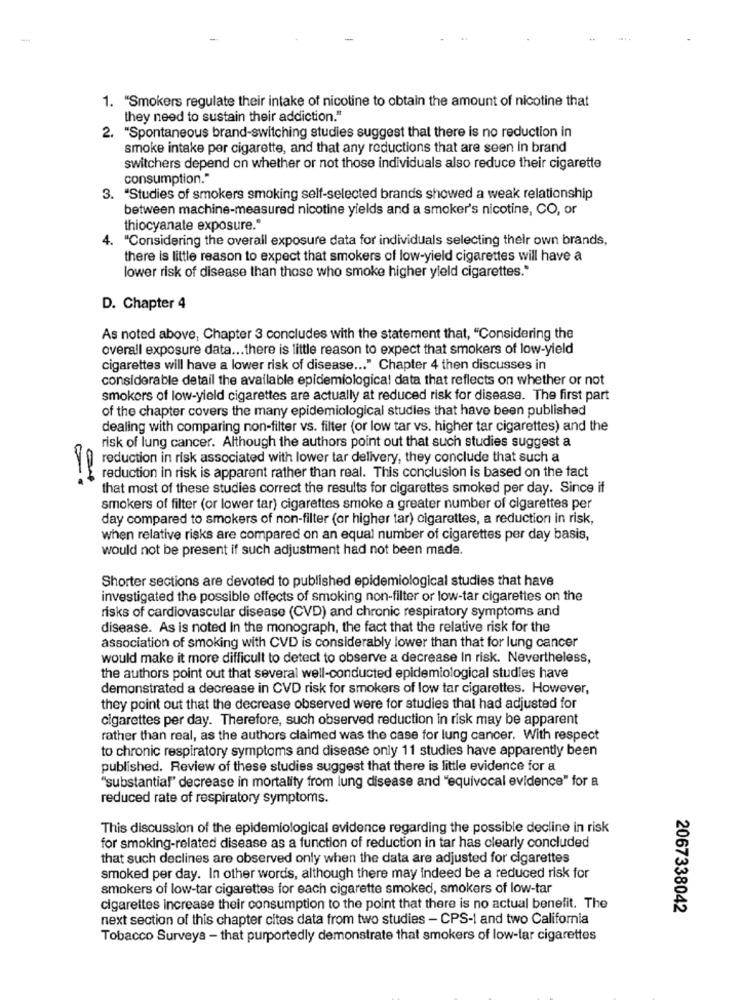
-
1. "Smokers regulate their intake of nicotine to obtain the amount of nicotine that
they need to sustain their addiction."
"Spontaneous brand-switching studies suggest that there is no reduction in
2.
smoke intake por cigarette, and that any reductions that are seen in brand
switchers depend on whether or not those individuals also reduce their cigarette
consumption."
3. "Studies of smokers smoking self-selected brands showed a weak relationship
between machine-measured nicotine yields and a smoker's nicotine, CO, or
thiocyanate exposure."
4. "Considering the overall exposure data for individuals selecting their own brands,
there is little reason to expect that smokers of low-yield cigarettes will have a
lower risk of disease than those who smoke higher yield cigarettes."
D. Chapter 4
As noted above, Chapter 3 concludes with the statement that, "Considering the
overall exposure data ... there is little reason to expect that smokers of low-yield
cigarettes will have a lower risk of disease ... " Chapter 4 then discusses in
considerable detail the available epidemiological data that reflects on whether or not
smokers of low-yield cigarettes are actually at reduced risk for disease. The first part
of the chapter covers the many epidemiological studies that have been published
dealing with comparing non-filter vs. filter (or low tar vs. higher tar cigarettes) and the
risk of lung cancer. Although the authors point out that such studies suggest a
reduction in risk associated with lower tar delivery, they conclude that such a
reduction in risk is apparent rather than real. This conclusion is based on the fact
that most of these studies correct the results for cigarettes smoked per day. Since if
smokers of filter (or lower tar) cigarettes smoke a greater number of cigarettes per
day compared to smokers of non-filter (or higher tar) cigarettes, a reduction in risk,
when relative risks are compared on an equal number of cigarettes per day basis,
would not be present if such adjustment had not been made.
Shorter sections are devoted to published epidemiological studies that have
investigated the possible effects of smoking non-filter or low-tar cigarettes on the
risks of cardiovascular disease (CVD) and chronic respiratory symptoms and
disease. As is noted in the monograph, the fact that the relative risk for the
association of smoking with CVD is considerably lower than that for lung cancer
would make it more difficult to detect to observe a decrease In risk. Nevertheless,
the authors point out that several well-conducted epidemiological studies have
demonstrated a decrease in CVD risk for smokers of low tar cigarettes. However,
they point out that the decrease observed were for studies that had adjusted for
cigarettes per day. Therefore, such observed reduction in risk may be apparent
rather than real, as the authors claimed was the case for lung cancer. With respect
to chronic respiratory symptoms and disease only 11 studies have apparently been
published. Review of these studies suggest that there is little evidence for a
"substantial" decrease in mortality from lung disease and "equivocal evidence" for a
reduced rate of respiratory symptoms.
This discussion of the epidemiological evidence regarding the possible decline in risk
for smoking-related disease as a function of reduction in tar has clearly concluded
that such declines are observed only when the data are adjusted for cigarettes
smoked per day. In other words, although there may indeed be a reduced risk for
smokers of low-tar cigarettes for each cigarette smoked, smokers of low-tar
cigarettes increase their consumption to the point that there is no actual benefit. The
2067338042
next section of this chapter cites data from two studies - CPS -! and two California
Tobacco Surveys - that purportedly demonstrate that smokers of low-tar cigarettes